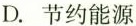
D. 节约能源